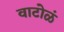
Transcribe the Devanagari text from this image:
वाटोळं